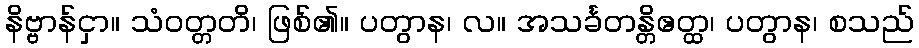
နိဗ္ဗာန်ငှာ။ သံဝတ္တတိ၊ ဖြစ်၏။ ပတွာန၊ လ။ အသင်္ခတန္တိဧတ္ထ၊ ပတွာန၊ စသည်